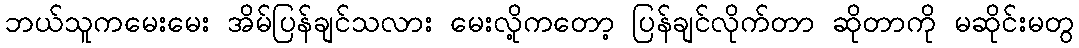
ဘယ်သူကမေးမေး အိမ်ပြန်ချင်သလား မေးလို့ကတော့ ပြန်ချင်လိုက်တာ ဆိုတာကို မဆိုင်းမတွ